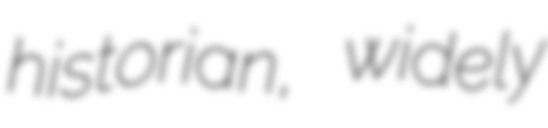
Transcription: historian, widely